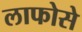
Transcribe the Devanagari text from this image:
लाफोसे